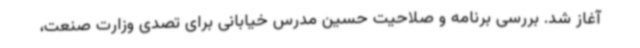
آغاز شد. بررسی برنامه و صلاحیت حسین مدرس خیابانی برای تصدی وزارت صنعت،